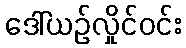
ဒေါ်ယဉ်လှိုင်ဝင်း